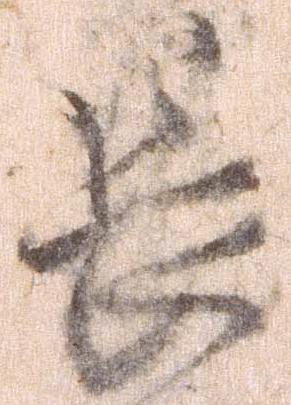
長